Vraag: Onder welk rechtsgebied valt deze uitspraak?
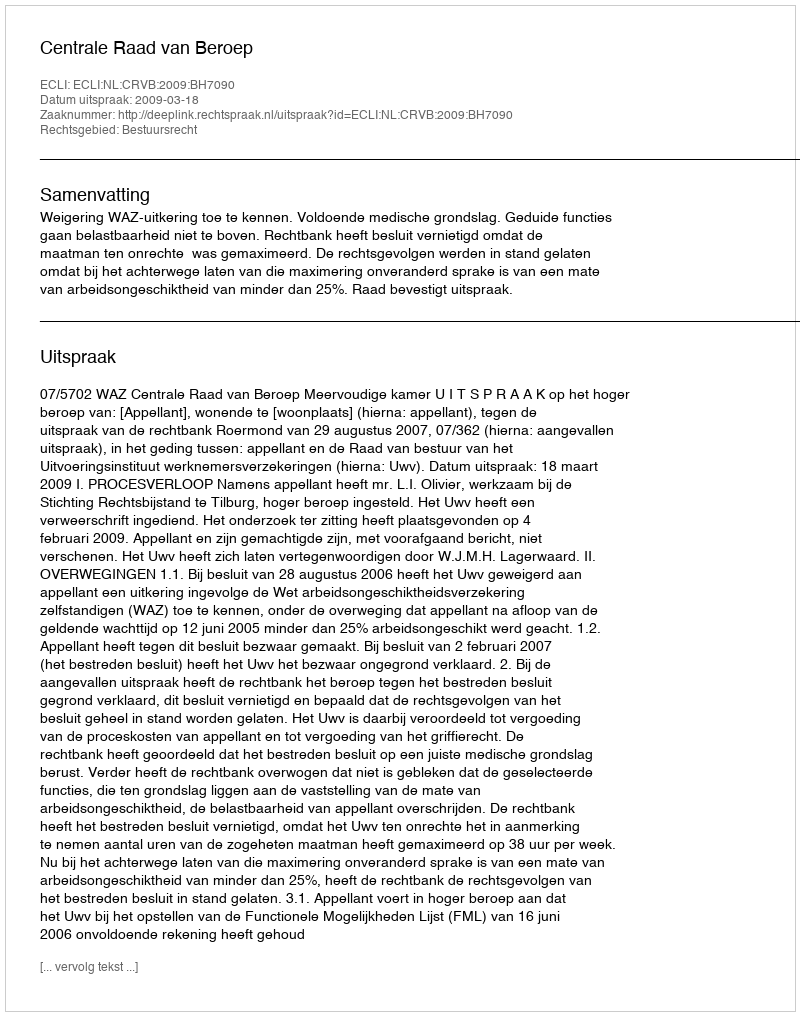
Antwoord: Bestuursrecht